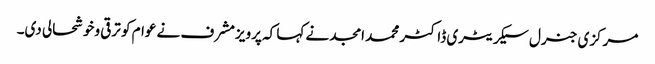
مرکزی جنرل سیکریٹری ڈاکٹر محمد امجد نے کہا کہ پرویزمشرف نے عوام کو ترقی وخوشحالی دی۔